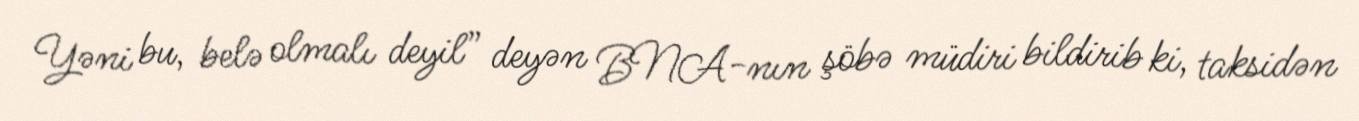
Yəni bu, belə olmalı deyil” deyən BNA-nın şöbə müdiri bildirib ki, taksidən